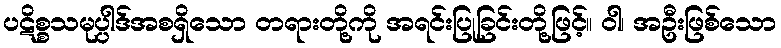
ပဋိစ္စသမုပ္ပါဒ်အစရှိသော တရားတို့ကို အရင်းပြုခြင်းတို့ဖြင့်။ ဝါ၊ အဦးဖြစ်သော